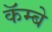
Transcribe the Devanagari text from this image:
कॅम्बे